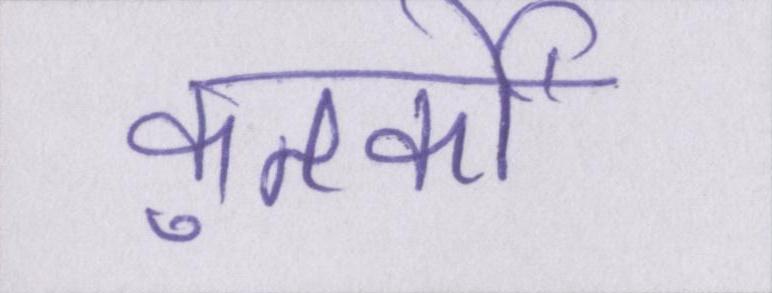
कुतर्कों